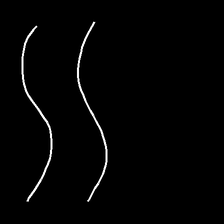
Glyph: float